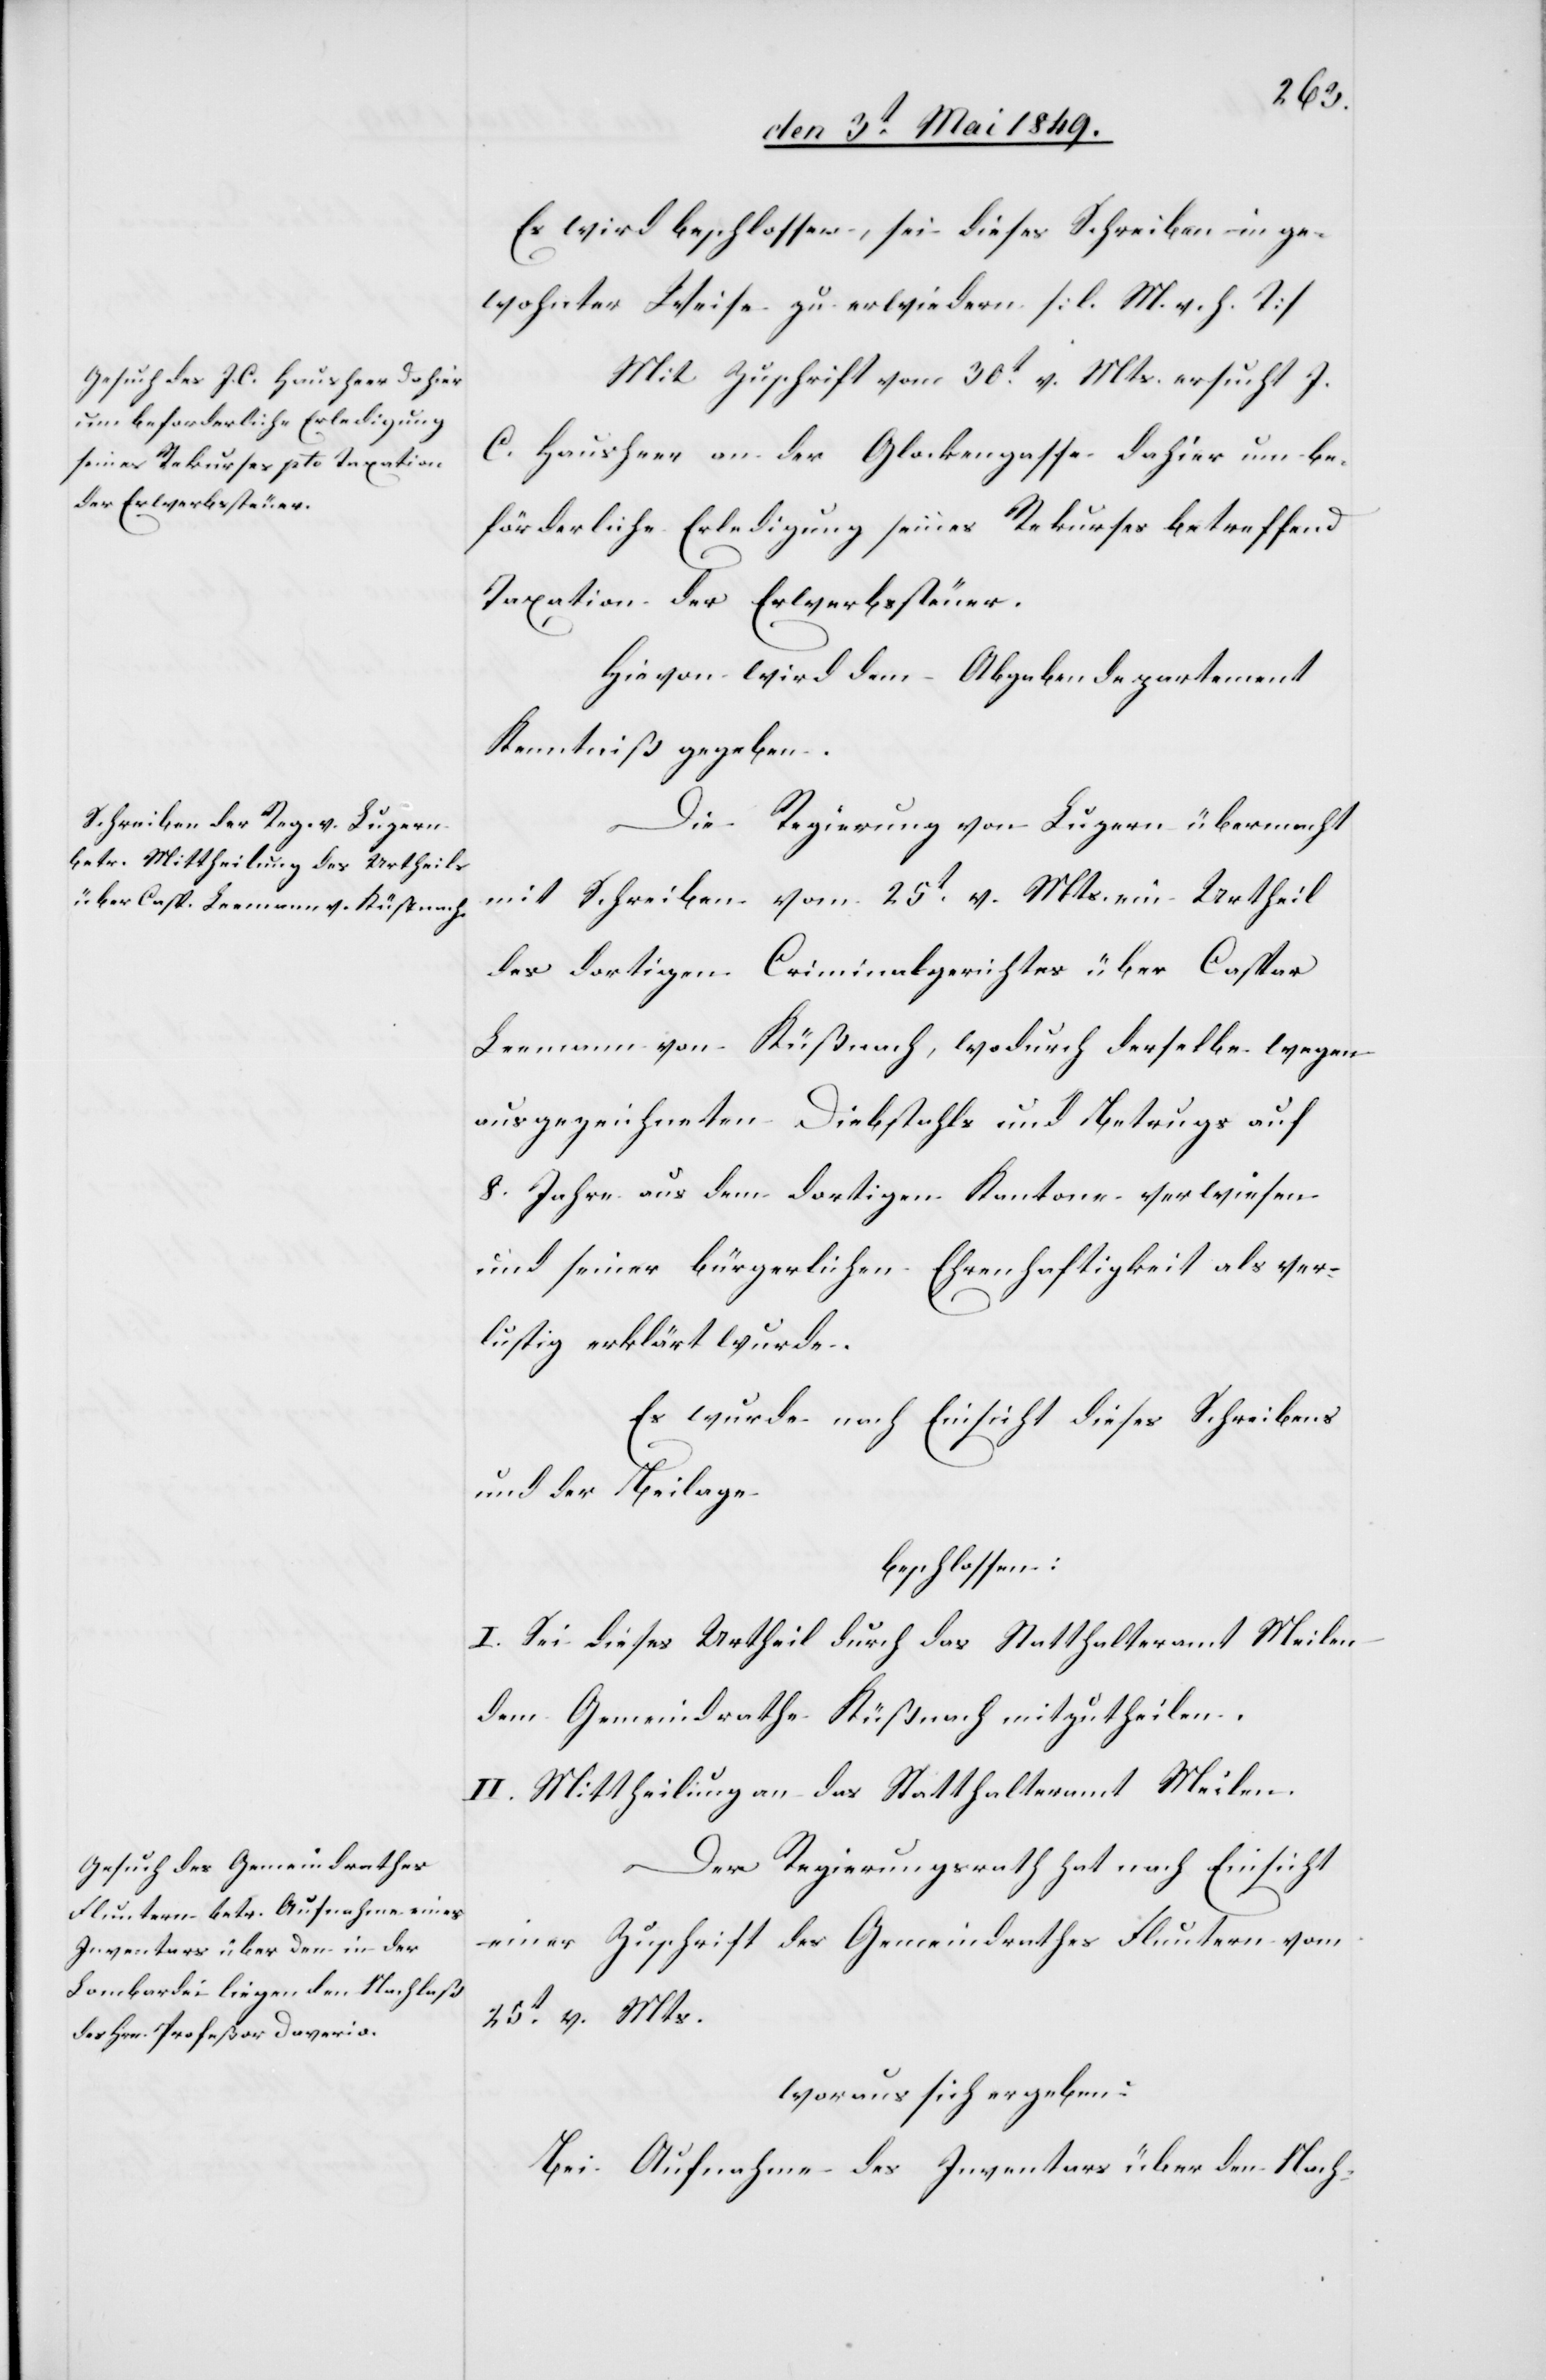
Es wird beschlossen, sei dieses Schreiben in ge¬
wohnter Weise zu erwiedern [l. M. h. T][.]
Mit Zuschrift vom 30t v. Mts. ersucht J.
C. Hausheer an der Glockengasse dahier um be¬
förderliche Erledigung seines Rekurses betreffend
Taxation der Erwerbssteuer.
Hievon wird dem Abgabendepartement
Kenntniß gegeben.
Die Regierung von Luzern übermacht
mit Schreiben vom 25t v. Mts. ein Urtheil
des dortigen Criminalgerichtes über Caspar
Leemann von Küßnach, wodurch derselbe wegen
ausgezeichneten Diebstahls und Betrugs auf
8 Jahre aus dem dortigen Kantone verwiesen
und seiner bürgerlichen Ehrenhaftigkeit als ver¬
lustig erklärt wurde.
Es wurde nach Einsicht dieses Schreibens
und der Beilage
beschlossen:
I. Sei dieses Urtheil durch das Statthalteramt Meilen
dem Gemeindrathe Küßnach mitzutheilen.
II. Mittheilung an das Statthalteramt Meilen.
Der Regierungsrath hat nach Einsicht
einer Zuschrift des Gemeindrathes Fluntern vom
25t v. Mts.
woraus sich ergeben:
Bei Aufnahme des Inventars über den Nach-